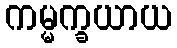
ကမ္မက္ခယာယ